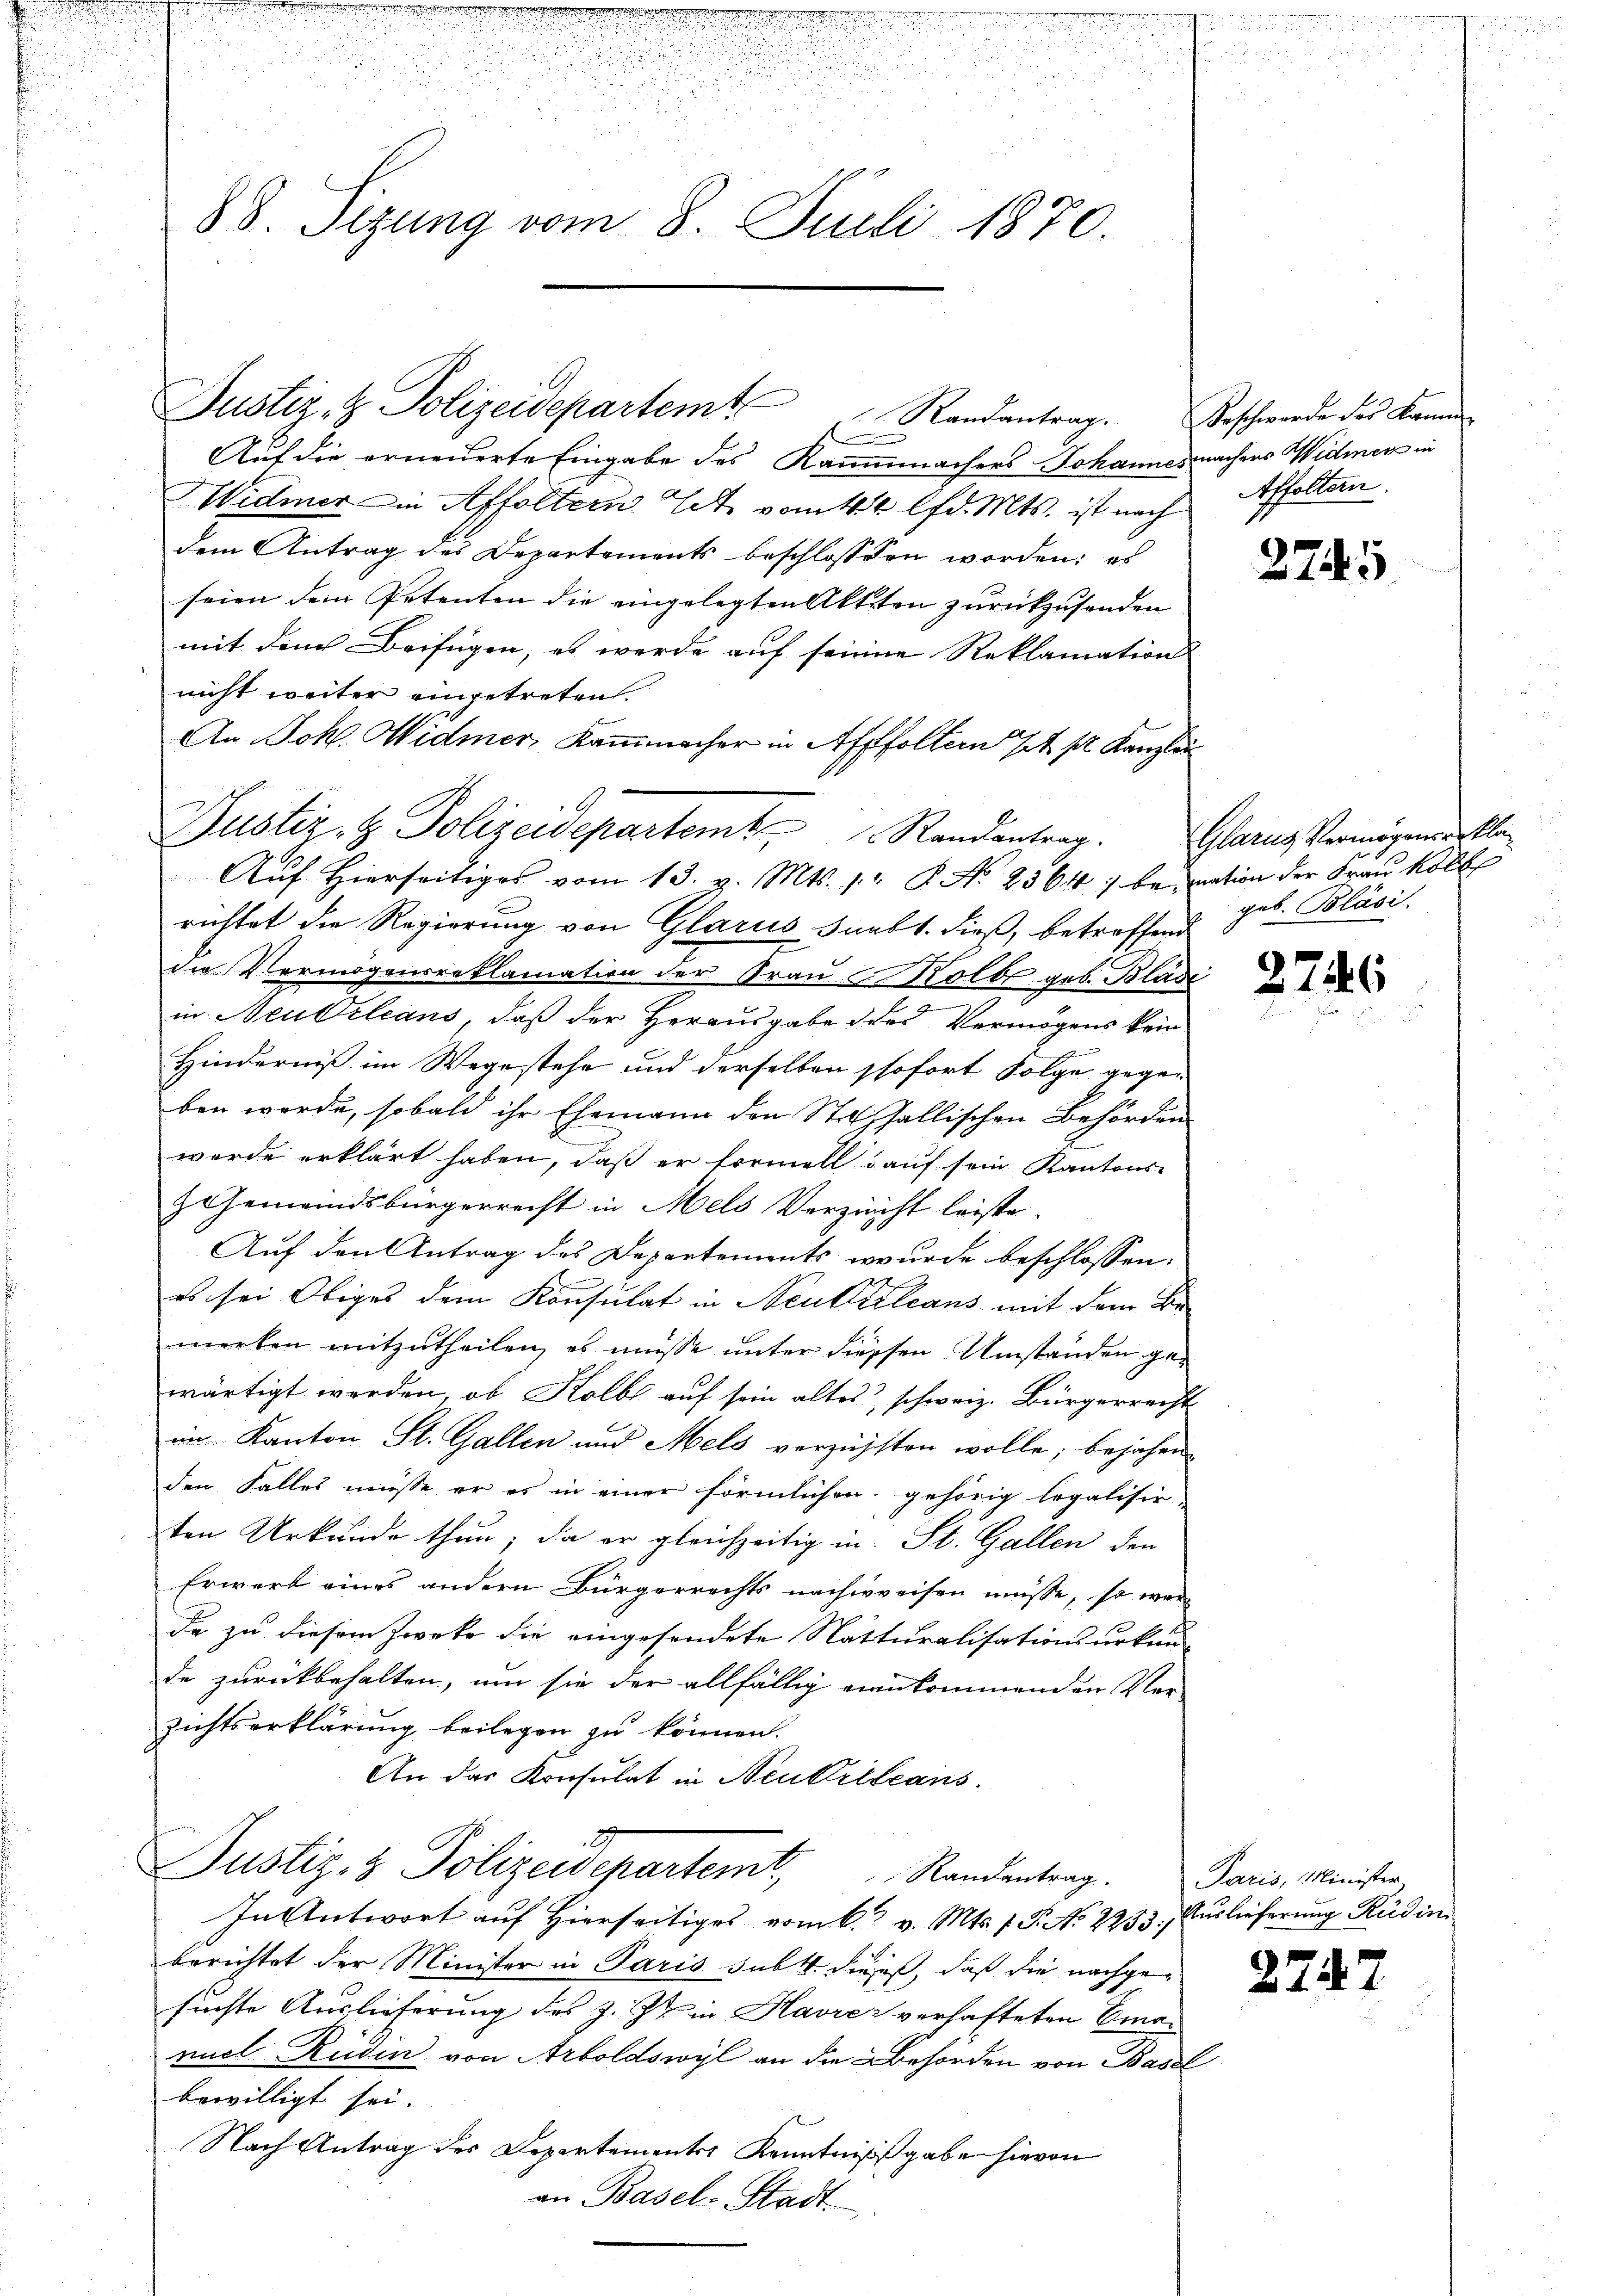
Justiz- & Polizeidepartem Randantrag. Beschwerde des Kammen
s

Justiz- & Polizeidepartemt Randantrag.

e
n

i
88. Sizung vom 8. Juli 1870.

d

Auf die erneuerte Eingabe des Raummachers Johannes machers Widmer in
Widmer in Affoltern Litt. vom 4t lfd. Mts. ist nach Affoltern.
dem Antrag des Departements beschlossen worden; es
seien dem Petenten die eingelegten Akten zurückzufonden
mit den Beifügen, es werde auf seinen Reklamation
nicht weiter eingetreten.
An Joh. Widmer, Kaṁmacher in Affoltern et p. Kanzlei
Auf Hierseitiges vom 13. v. Mts. pr P. No 2364) bei nation der Frau Koll
richtet die Regierung von Glarus siebt. dieß, betroffend
die Vermögensreklamation der Frau Kolbe geb. Blasi
in Neubrleans, daß der Herausgabe des Vermögens kein
Hinderniß im Wegestehe und derselben sofort Folge gegen
ben werde, sobald ihr Ehemann den Stallischen Behörden
werde erklärt haben, daß er formell auf sein Kantons-
& Gemeindsbürgerrecht in Mels Verzeicht leiste.
Auf den Antrag des Departements wurde beschlossen:
es sei Obiges dem Konsulat in Neukirleans mit dem Be-
merken mitzŭtheilen, es müsse ŭnter diessen Umständen gewärtigt werden, ob Kolbe auf sein altes, schweiz. Bürgerrecht
im Kanton St. Gallen und Mels verzigsten wolle; bejahen
den Falles müsse er es in einer förmlichen gehörig legalisir
ten Urkunde thun; da er gleichzeitig in St. Gallen den
Erwert eines andern Bürgerrechts nachweisen müsse, so wer
de zu diesem Zweke die eingesendete Natturalisationsurkun-
de zurückbehalten, um sie der allfällig vernkommenden Ver-
zichtserklärung beilegen zu können.
An das Konsulat in Neukrileans
Justiz- & Polizeidepartemt, Randentrag.
In Antwort auf hierseitiges vom 6. v. Mts. f. P. No 2233. Auslieferung Rüdin
berichtet der Minister in Paris subt. Dieses, daß die nachgesuchte Auslieferung des z. Zt. in Havre verhafteten Emanuel Rüden von Arboldswyl an die Behörden von Basel
bewilligt sei.
Nach Antrag des Departements Kenntnißgabe hievon
an Basel-Stadt

2745

Glarus Vermögenserkla
geb. Bläsi.

2746

Paris, Minister

2747.

un